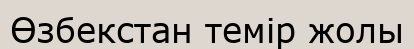
Өзбекстан темір жолы